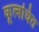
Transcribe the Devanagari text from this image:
कूत्बधित